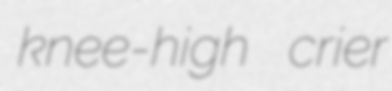
knee-high crier